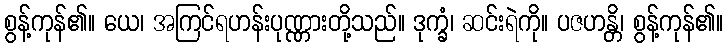
စွန့်ကုန်၏။ ယေ၊ အကြင်ရဟန်းပုဏ္ဏားတို့သည်။ ဒုက္ခံ၊ ဆင်းရဲကို။ ပဇဟန္တိ၊ စွန့်ကုန်၏။